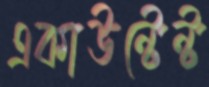
একাউন্টেন্ট